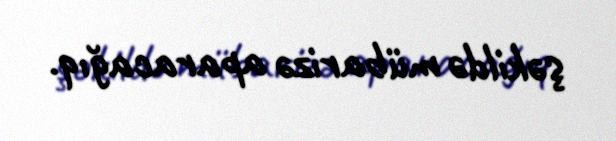
şəkildə mübarizə aparacağıq.